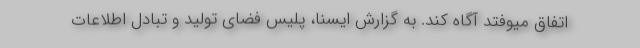
اتفاق میوفتد آگاه کند. به گزارش ایسنا، پلیس فضای تولید و تبادل اطلاعات